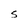
Character: S